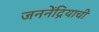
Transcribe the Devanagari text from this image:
जननेंद्रियाची